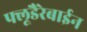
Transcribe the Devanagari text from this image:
फ्लूडैरेबाईन